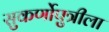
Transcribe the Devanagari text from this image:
सुकर्णोपुत्रीला